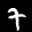
Label: 7